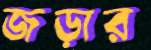
জড়ার